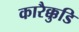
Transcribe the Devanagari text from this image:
कारैक्कुडि